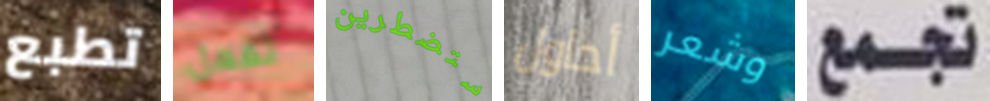
تطبع تفعل ستضطرين أحاول وشعر تجمع